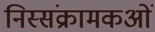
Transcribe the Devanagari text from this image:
निस्संक्रामकओं